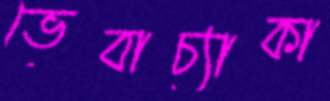
ভেবাচ্যাকা